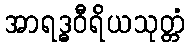
အာရဒ္ဓဝီရိယသုတ္တံ